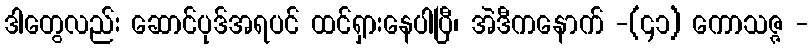
ဒါတွေလည်း ဆောင်ပုဒ်အရပင် ထင်ရှားနေပါပြီ၊ အဲဒီကနောက် -(၄၁) ကောသဇ္ဇ -